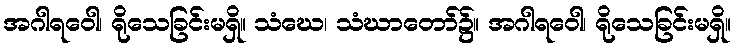
အဂါရဝေါ၊ ရိုသေခြင်းမရှိ။ သံဃေ၊ သံဃာတော်၌။ အဂါရဝေါ၊ ရိုသေခြင်းမရှိ။